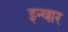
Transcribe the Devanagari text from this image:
इन्वार